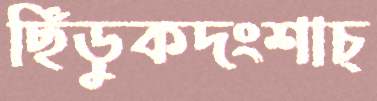
ছিঁড়ুকদংশাচ্